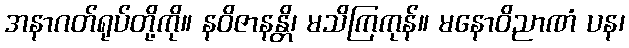
အနာဂတ်ရုပ်တို့ကို။ နဝိဇာနန္တိ၊ မသိကြကုန်။ မနောဝိညာဏံ ပန၊